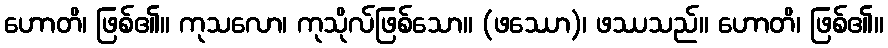
ဟောတိ၊ ဖြစ်၏။ ကုသလော၊ ကုသိုလ်ဖြစ်သော။ (ဖဿော)၊ ဖဿသည်။ ဟောတိ၊ ဖြစ်၏။